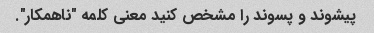
پیشوند و پسوند را مشخص کنید معنی کلمه "ناهمکار".